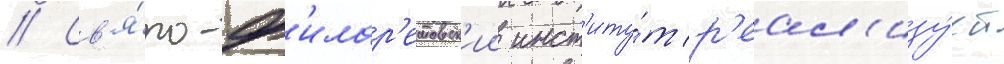
// Св'я́то-ф'илар'етовск'ии инст'иту́т р'еал'изу́ет